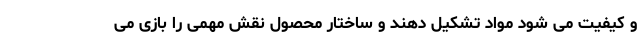
و کیفیت می شود مواد تشکیل دهند و ساختار محصول نقش مهمی را بازی می